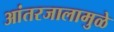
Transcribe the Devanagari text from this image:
आंतरजालामुळे